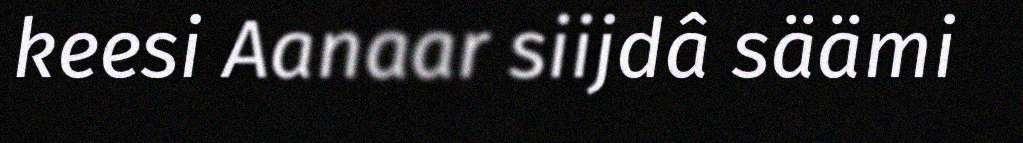
keesi Aanaar siijdâ säämi